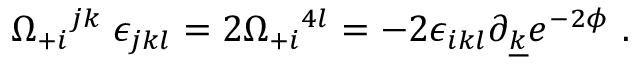
\Omega _ { + i } { } ^ { j k } \; \epsilon _ { j k l } = 2 \Omega _ { + i } { } ^ { 4 l } = - 2 \epsilon _ { i k l } \partial _ { \underline { { k } } } e ^ { - 2 \phi } \ .